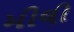
મીલી